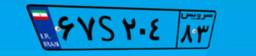
۶۷S۲۰۴۸۳